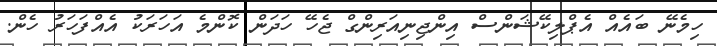
ހިމެނޭ ބައެއް އެޕްލިކޭޝަންސް އިންޖިނިއަރިންގް ޖެހޭ ހަދަން ކޮންމެ އަހަރަކު އެއްފަހަރު ހެން.